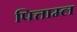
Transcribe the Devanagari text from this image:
पित्ताम्ल